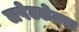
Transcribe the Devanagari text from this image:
लपेटलेल्या